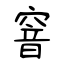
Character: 窨